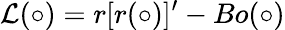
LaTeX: \mathcal{L}(\circ)=r[r(\circ)]^{\prime}-Bo(\circ)